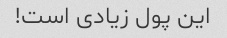
این پول زیادی است!